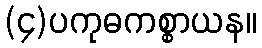
(၄)ပကုဓကစ္စာယန။